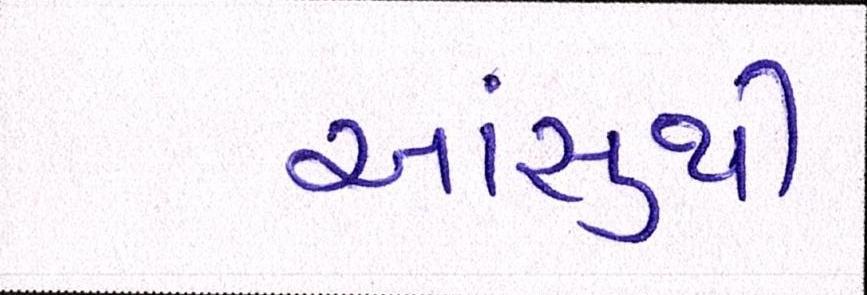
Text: આંસુથી